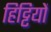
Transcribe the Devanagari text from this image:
हिट्टियों